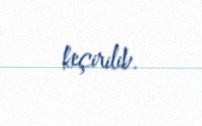
keçirilib.